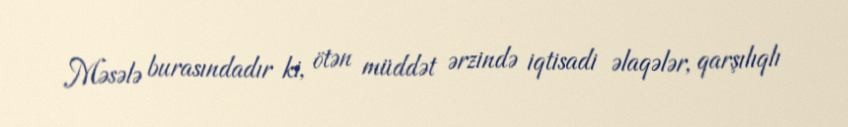
Məsələ burasındadır ki, ötən müddət ərzində iqtisadi əlaqələr, qarşılıqlı